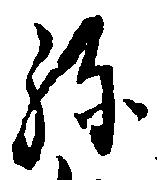
弥